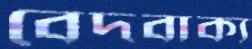
বেদবাক্য